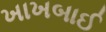
ખાખબાઈ